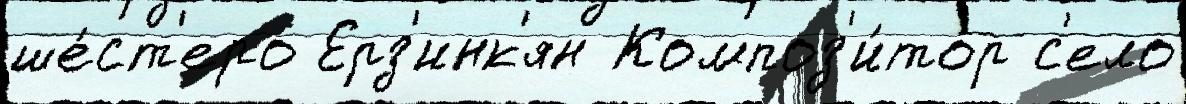
ше́ст'еро Ерз'инк'ян Композ'и́тор с'ело